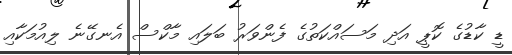
ޑީ ކާޑުގެ ކޮޕީ އަދި މަސައްކަތުގެ ފެންވަރު ބަލައި މާކްސް އެނގޭނެ ލިއުމަކާއި